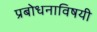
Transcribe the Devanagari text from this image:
प्रबोधनाविषयी